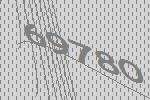
69780